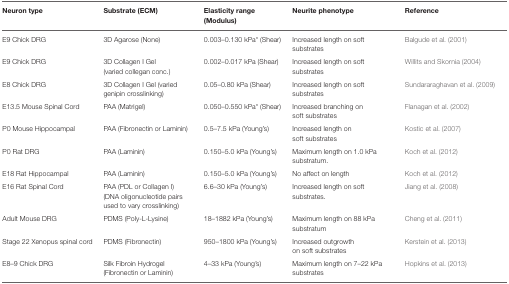
| Neuron type | Substrate (ECM) | Elasticity range (Modulus) | Neurite phenotype | Reference |
 | --- | --- | --- | --- | --- |
 | E9 Chick DRG | 3D Agarose (None) | 0.003–0.130 kPa* (Shear) | Increased length on soft substrates | Balgude et al. (2001) |
 | E9 Chick DRG | 3D Collagen I Gel (varied collegan conc.) | 0.002–0.017 kPa (Shear) | Increased length on soft substrates | Willits and Skornia (2004) |
 | E8 Chick DRG | 3D Collagen I Gel (varied genipin crosslinking) | 0.05–0.80 kPa (Shear) | Increased length on soft substrates | Sundararaghavan et al. (2009) |
 | E13.5 Mouse Spinal Cord | PAA (Matrigel) | 0.050–0.550 kPa* (Shear) | Increased branching on soft substrates | Flanagan et al. (2002) |
 |  |
 | P0 Mouse Hippocampal | PAA (Fibronectin or Laminin) | 0.5–7.5 kPa (Young’s) | Increased length on soft substrates | Kostic et al. (2007) |
 | P0 Rat DRG | PAA (Laminin) | 0.150–5.0 kPa (Young’s) | Maximum length on 1.0 kPa substratum. | Koch et al. (2012) |
 |  |
 | E18 Rat Hippocampal | PAA (Laminin) | 0.150–5.0 kPa (Young’s) | No affect on length | Koch et al. (2012) |
 | E16 Rat Spinal Cord | PAA (PDL or Collagen I) (DNA oligonucleotide pairs used to vary crosslinking) | 6.6–30 kPa (Young’s) | Increased length on soft substrates. | Jiang et al. (2008) |
 | Adult Mouse DRG | PDMS (Poly-L-Lysine) | 18–1882 kPa (Young’s) | Maximum length on 88 kPa substratum | Cheng et al. (2011) |
 | Stage 22 Xenopus spinal cord | PDMS (Fibronectin) | 950–1800 kPa (Young’s) | Increased outgrowth on soft substrates | Kerstein et al. (2013) |
 | E8–9 Chick DRG | Silk Fibroin Hydrogel (Fibronectin or Laminin) | 4–33 kPa (Young’s) | Maximum length on 7–22 kPa substrates | Hopkins et al. (2013) |